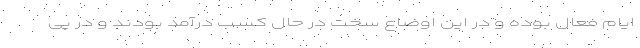
ایام فعال بوده و در این اوضاع سخت در حال کسب درآمد بودند و در پی